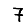
Digit: 7